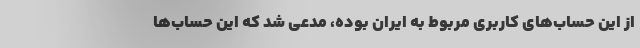
از این حساب‌های کاربری مربوط به ایران بوده، مدعی شد که این حساب‌ها